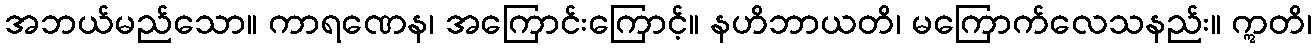
အဘယ်မည်သော။ ကာရဏေန၊ အကြောင်းကြောင့်။ နဟိဘာယတိ၊ မကြောက်လေသနည်း။ ဣတိ၊